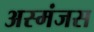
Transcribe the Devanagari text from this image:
अस्मंजस